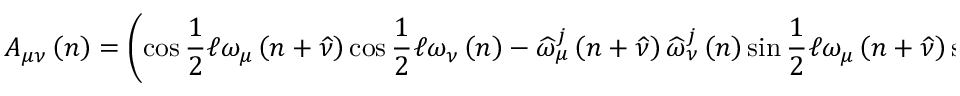
A _ { \mu \nu } \left( n \right) = \left( \cos \frac { 1 } { 2 } \mathcal { \ell } \omega _ { \mu } \left( n + \widehat { \nu } \right) \cos \frac { 1 } { 2 } \mathcal { \ell } \omega _ { \nu } \left( n \right) - \widehat { \omega } _ { \mu } ^ { j } \left( n + \widehat { \nu } \right) \widehat { \omega } _ { \nu } ^ { j } \left( n \right) \sin \frac { 1 } { 2 } \mathcal { \ell } \omega _ { \mu } \left( n + \widehat { \nu } \right) \sin \frac { 1 } { 2 } \mathcal { \ell } \omega _ { \nu } \left( n \right) \right) ,